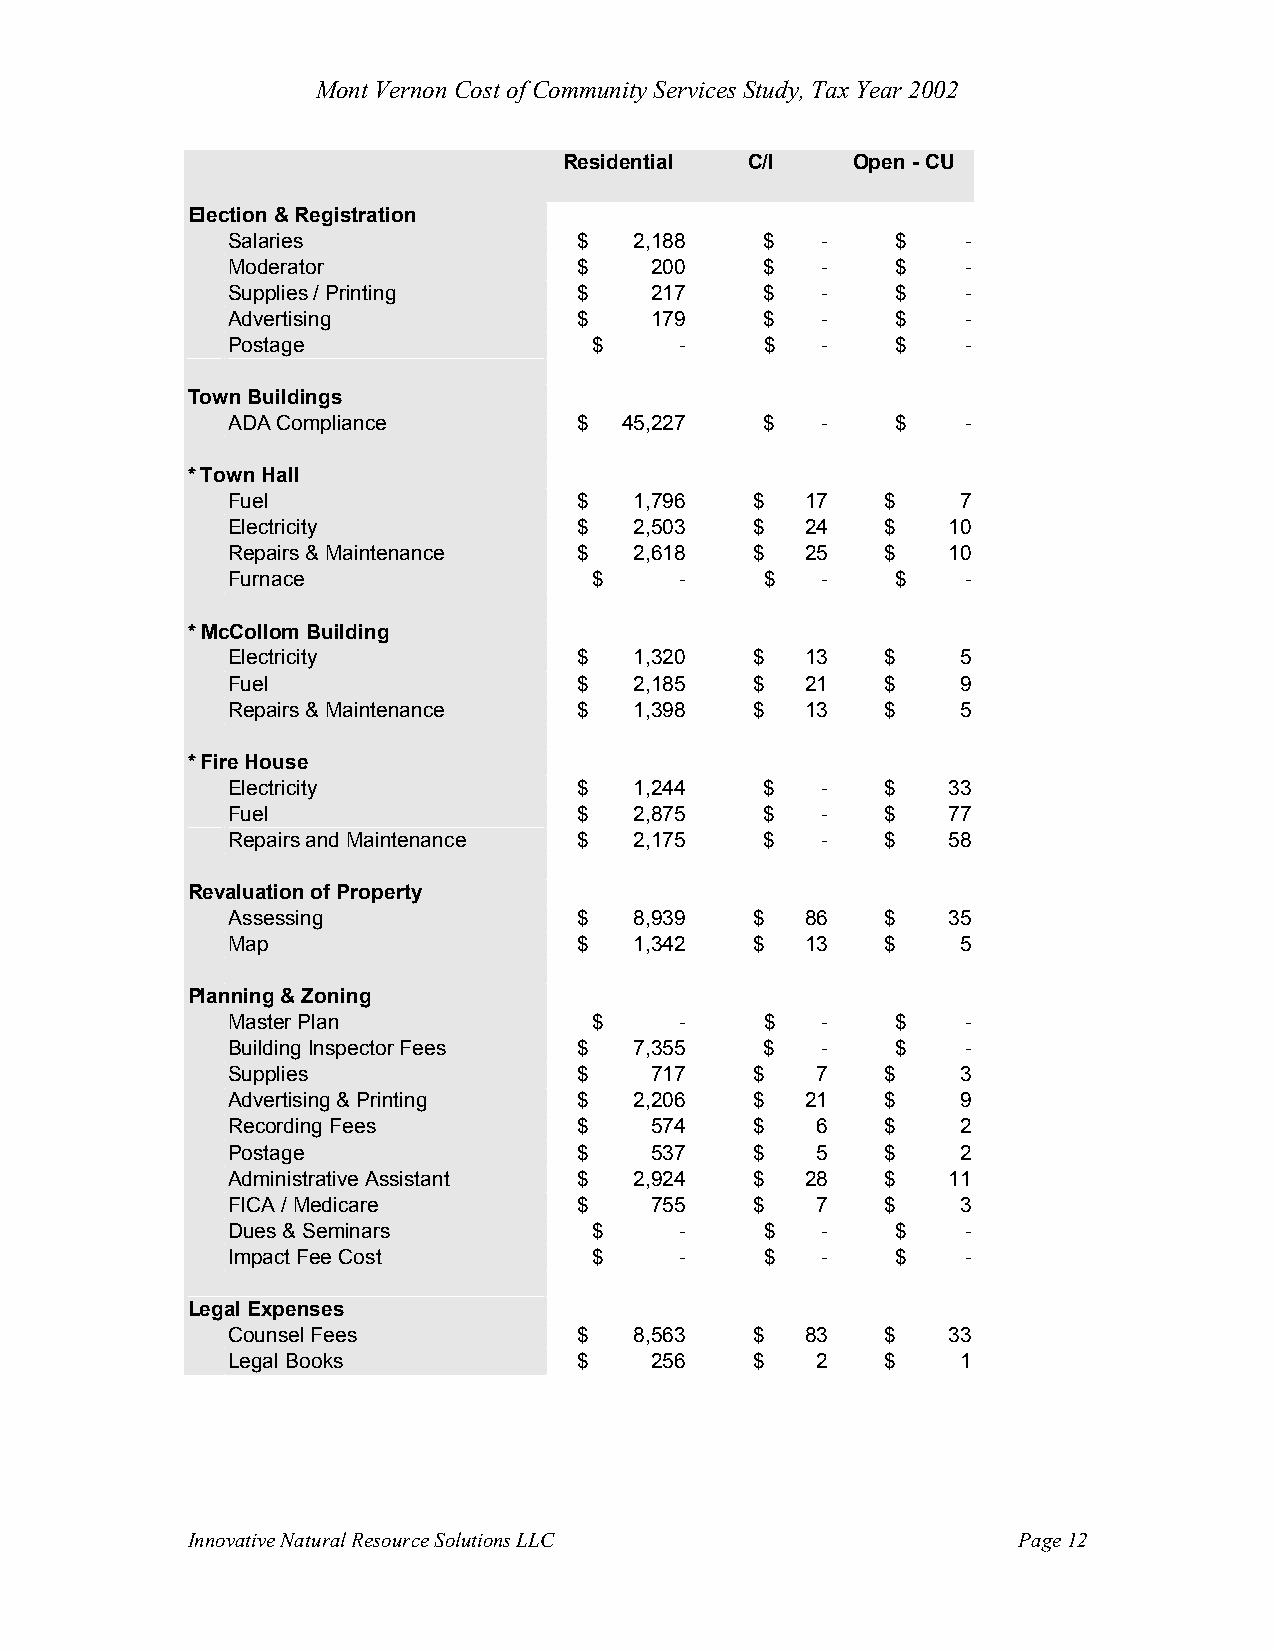
Mont Vernon Cost of Community Services Study, Tax Year 2002
 Residential  C/I   Open - CU
 Election & Registration
 Salaries               $   2,188    $  -    $    -
 Moderator              $    200     $  -    $    -
 Supplies / Printing    $    217     $  -    $    -
 Advertising            $    179     $  -    $    -
 Postage                 $     -     $  -    $    -
 Town Buildings
 ADA Compliance         $  45,227    $  -    $    -
 * Town Hall
 Fuel                   $   1,796   $  17    $    7
 Electricity            $   2,503   $  24    $   10
 Repairs & Maintenance  $   2,618   $  25    $   10
 Furnace                 $     -     $  -    $    -
 * McCollom Building
 Electricity            $   1,320   $  13    $    5
 Fuel                   $   2,185   $  21    $    9
 Repairs & Maintenance  $   1,398   $  13    $    5
 * Fire House
 Electricity            $   1,244    $  -    $   33
 Fuel                   $   2,875    $  -    $   77
 Repairs and Maintenance $  2,175    $  -    $   58
 Revaluation of Property
 Assessing              $   8,939   $  86    $   35
 Map                    $   1,342   $  13    $    5
 Planning & Zoning
 Master Plan             $     -     $  -    $    -
 Building Inspector Fees $  7,355    $  -    $    -
 Supplies               $    717    $   7    $    3
 Advertising & Printing $   2,206   $  21    $    9
 Recording Fees         $    574    $   6    $    2
 Postage                $    537    $   5    $    2
 Administrative Assistant $ 2,924   $  28    $   11
 FICA / Medicare        $    755    $   7    $    3
 Dues & Seminars         $     -     $  -    $    -
 Impact Fee Cost         $     -     $  -    $    -
 Legal Expenses
 Counsel Fees           $   8,563   $  83    $   33
 Legal Books            $    256    $   2    $    1
 Innovative Natural Resource Solutions LLC              Page 12